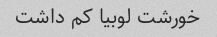
خورشت لوبیا کم داشت